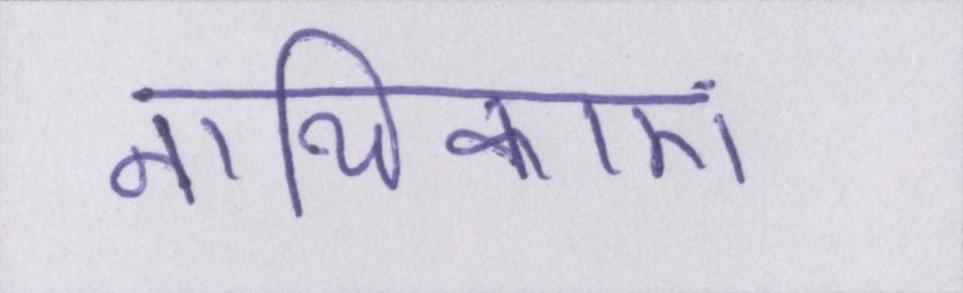
नायिकाएं